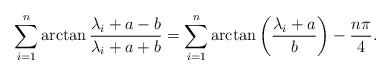
LaTeX: \begin{align*} \sum_{i=1}^n\arctan \frac{\lambda_{i}+a-b}{\lambda_{i}+a+b}=\sum_{i=1}^n\arctan \left(\frac{\lambda_{i}+a}{b}\right)-\frac{n\pi}{4}. \end{align*}